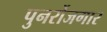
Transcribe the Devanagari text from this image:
पुनर्रोजगार